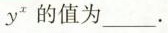
y^{x}$$的值为___.